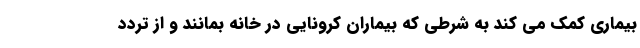
بیماری کمک می کند به شرطی که بیماران کرونایی در خانه بمانند و از تردد